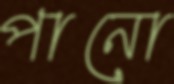
পানো